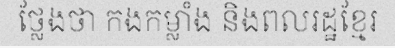
ថ្លែងថា កងកម្លាំង និងពលរដ្ឋខ្មែរ